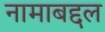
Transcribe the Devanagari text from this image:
नामाबद्दल